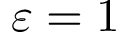
\varepsilon = 1